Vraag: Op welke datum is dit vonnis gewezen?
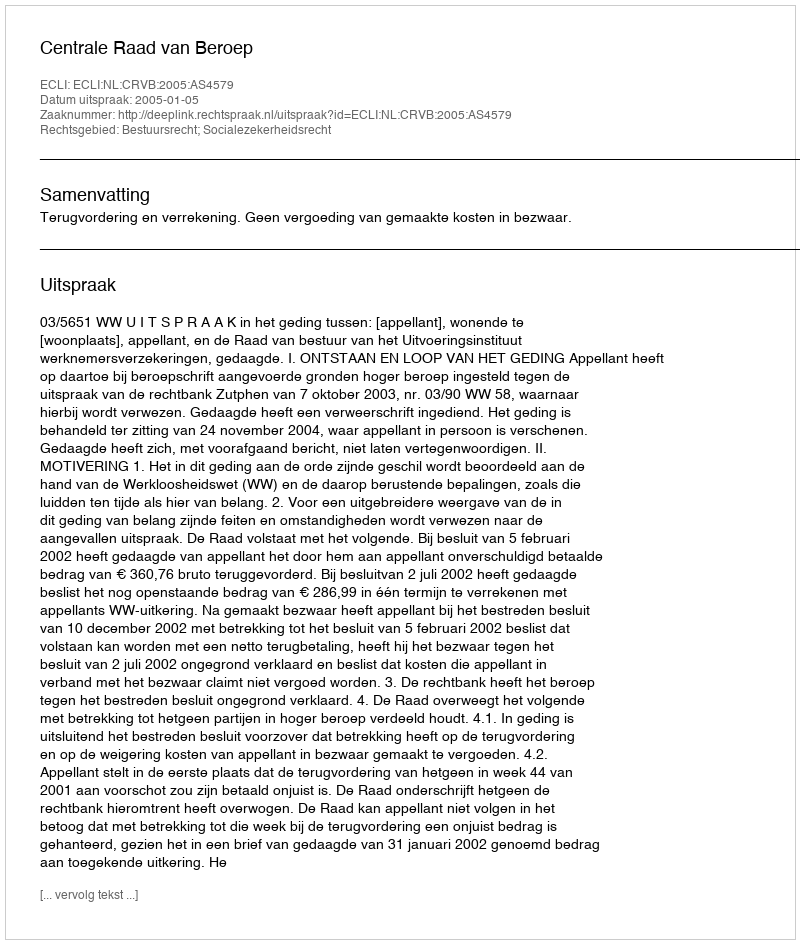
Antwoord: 2005-01-05